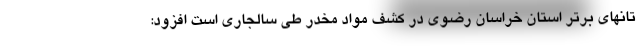
تانهای برتر استان خراسان رضوی در کشف مواد مخدر طی سالجاری است افزود: